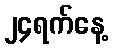
၂၄ရက်နေ့